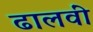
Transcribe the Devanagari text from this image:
ढालवीं